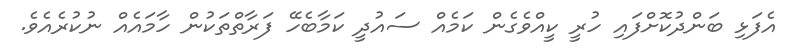
އެފަޅި ބަންދުކޮށްފައި ހުރީ ކީއްވެގެން ކަމެއް ސައުދީ ކަމާބެހޭ ފަރާތްތަކުން ހާމައެއް ނުކުރެއެވެ.